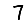
Digit: 7